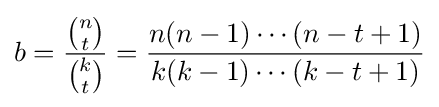
b={\frac {\tbinom {n}{t}}{\tbinom {k}{t}}}={\frac {n(n-1)\cdots (n-t+1)}{k(k-1)\cdots (k-t+1)}}